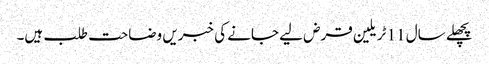
پچھلے سال 11 ٹریلین قرض لیے جانے کی خبریں وضاحت طلب ہیں۔